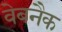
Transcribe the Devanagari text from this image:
वेबनैक